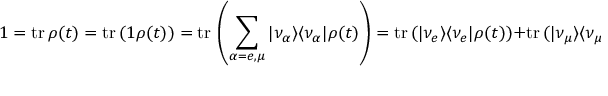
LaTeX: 1 = \mathrm { t r \, } \rho ( t ) = \mathrm { t r \, } ( 1 \rho ( t ) ) = \mathrm { t r \, } \left( \sum _ { \alpha = e , \mu } \vert \nu _ { \alpha } \rangle \langle \nu _ { \alpha } \vert \rho ( t ) \right) = \mathrm { t r \, } ( \vert \nu _ { e } \rangle \langle \nu _ { e } \vert \rho ( t ) ) + \mathrm { t r \, } ( \vert \nu _ { \mu } \rangle \langle \nu _ { \mu } \vert \rho ( t ) ) = P _ { e e } ( t ) + P _ { e \mu } ( t ) .